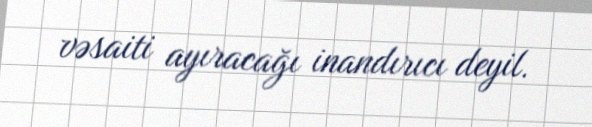
vəsaiti ayıracağı inandırıcı deyil.